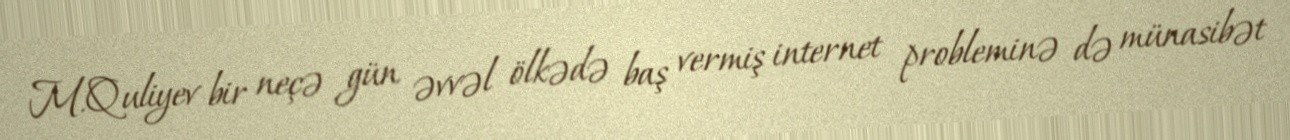
M.Quliyev bir neçə gün əvvəl ölkədə baş vermiş internet probleminə də münasibət